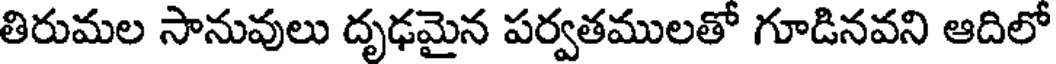
తిరుమల సానువులు దృఢమైన పర్వతములతో గూడినవని ఆదిలో